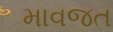
માવજત